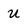
Character: u